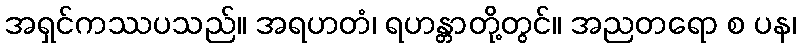
အရှင်ကဿပသည်။ အရဟတံ၊ ရဟန္တာတို့တွင်။ အညတရော စ ပန၊